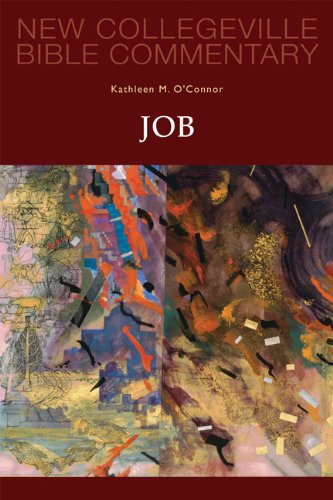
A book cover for Job: Volume 19 (NEW COLLEGEVILLE BIBLE COMMENTARY: OLD TESTAMENT); Kathleen  M. O'Connor; Christian Books & Bibles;